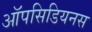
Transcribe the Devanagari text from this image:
ऑपसिडियनस